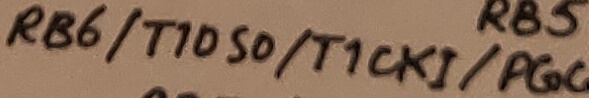
Text: RB6/T1050/T1CKi/PGC